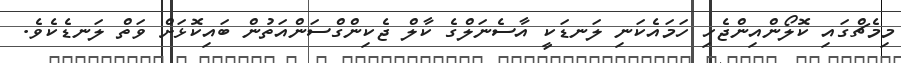
މިމެޗްގައި ކޮލޯންއިންޖެހި ހަމައެކަނި ލަނޑަކީ އާސެނަލްގެ ކާލް ޖެކިންގްސަންއަތުން ބައިކޮޅަށް ވަތް ލަނޑެކެވެ.